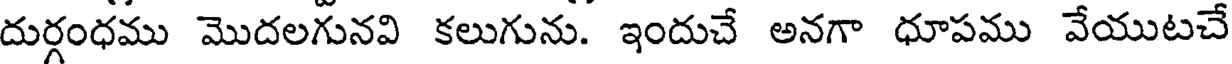
దుర్గంధము మొదలగునవి కలుగును. ఇందుచే అనగా ధూపము వేయుటచే